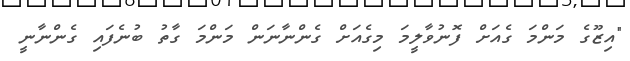
"އިޒޫގެ މަންމަ ގެއަށް ފޮނުވާލީމަ މިގެއަށް ގެންނާނަން މަންމަ ގާތު ބުނެފައި ގެންނާނީ